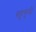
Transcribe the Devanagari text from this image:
बहुगुनी